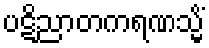
ပဋိညာတကရဏသ္မိံ